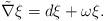
LaTeX: \begin{align*} \tilde{\nabla}\xi=d\xi+\omega\xi.\end{align*}